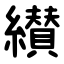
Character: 纉